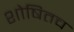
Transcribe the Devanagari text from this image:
शोषितच